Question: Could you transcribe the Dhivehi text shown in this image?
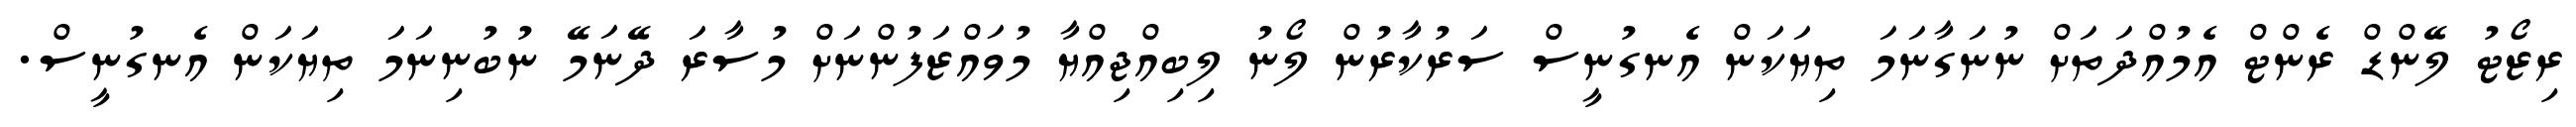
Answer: ރިޒޯޓު ލޭންޑް ރެންޓް އެމުއްދަތަށް ނުނަގާނަމަ ތިޔަކަން އެނގުނީސް ސަރުކާރުން ލޯނު ލިބިއްޖިއްޔާ މުވައްޒަފުންނަށް މުސާރަ ދޭނަމޭ ނުބުނިނަމަ ތިޔަކަން އެނގުނީސް.